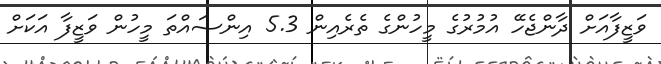
ވަޒީފާއަށް ދާންޖެހޭ އުމުރުގެ މީހުންގެ ތެރެއިން 5.3 އިންސައްތަ މީހުން ވަޒީފާ އަކަށް